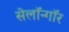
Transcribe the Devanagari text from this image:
सेलॉन्गॉर